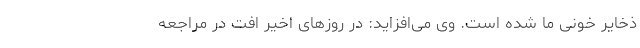
ذخایر خونی ما شده است. وی می‌افزاید: در روزهای اخیر افت در مراجعه